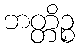
ဘတ္တိဉ္စ